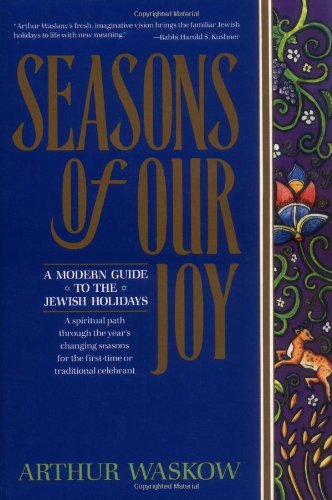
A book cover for Seasons of Our Joy: A Modern Guide to the Jewish Holidays; Arthur Waskow; Cookbooks, Food & Wine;